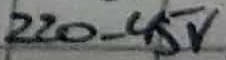
Text: 220-45V